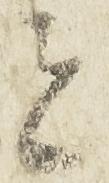
者